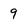
Character: 9